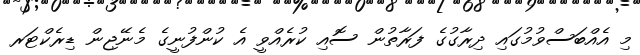
މި އެއްބަސްވުމުގައި ދިރާގުގެ ފަރާތުން ސޮއި ކުރެއްވީ އެ ކުންފުނީގެ މެނޭޖިން ޑިރެކްޓަރ